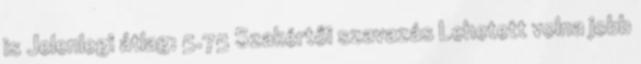
is Jelenlegi átlag: 5.75 Szakértői szavazás Lehetett volna jobb